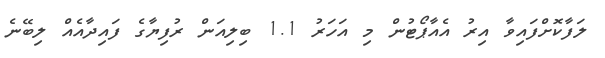
ލަފާކޮށްފައިވާ އިރު އެއާޕޯޓުން މި އަހަރު 1.1 ބިލިއަން ރުފިޔާގެ ފައިދާއެއް ލިބޭނެ